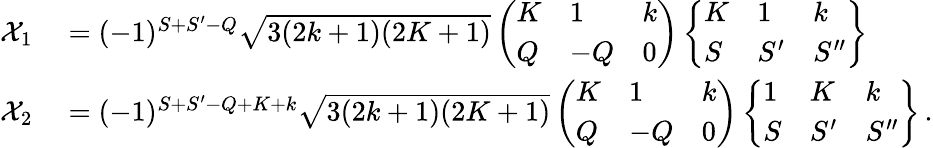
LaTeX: \begin{array}{rl}{\mathcal{X}_{1}}&{{}=(-1)^{S+S^{\prime}-Q}\sqrt{3(2k+1)(2K+1)}\left(\begin{array}{lll}{K}&{1}&{k}\\ {Q}&{-Q}&{0}\end{array}\right)\left\{ \begin{array}{lll}{K}&{1}&{k}\\ {S}&{S^{\prime}}&{S^{\prime\prime}}\end{array}\right\} }\\ {\mathcal{X}_{2}}&{{}=(-1)^{S+S^{\prime}-Q+K+k}\sqrt{3(2k+1)(2K+1)}\left(\begin{array}{lll}{K}&{1}&{k}\\ {Q}&{-Q}&{0}\end{array}\right)\left\{ \begin{array}{lll}{1}&{K}&{k}\\ {S}&{S^{\prime}}&{S^{\prime\prime}}\end{array}\right\} \, .}\end{array}